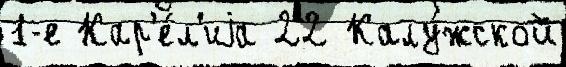
1-е Кар'е́л'иjа 22 Калу́жской